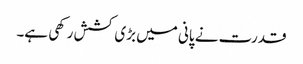
قدرت نے پانی میں بڑی کشش رکھی ہے۔